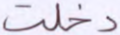
دخلت